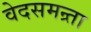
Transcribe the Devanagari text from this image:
वेदसमन्र्ता